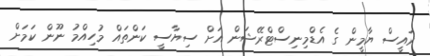
ރައީސް ޔާމީން ގެ އެޑްމިނިސްޓްރޭޝަން އަށް ސިޔާސީ ކަންތައް މުހިއްމު ނޫން ކަމަށް